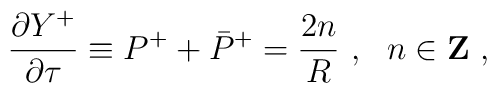
\frac{\partial Y^+}{\partial \tau} \equiv P^+ + \bar{P}^+ = \frac{2n}{R}~,  ~~n \in {\bf Z}~,